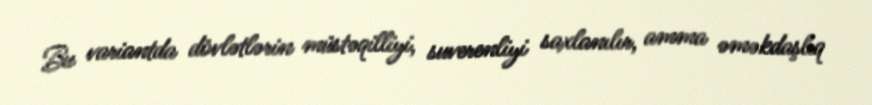
Bu variantda dövlətlərin müstəqilliyi, suverenliyi saxlanılır, amma əməkdaşlıq